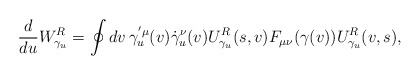
\begin{align*}{d\over d u} W_{\gamma_u}^R =\oint dv\, \gamma_u^{'\mu}(v) \dot\gamma_u^\nu(v) U_{\gamma_u}^R(s,v) F_{\mu\nu}(\gamma(v)) U_{\gamma_u}^R(v,s),\end{align*}